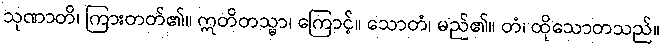
သုဏာတိ၊ ကြားတတ်၏။ ဣတိတသ္မာ၊ ကြောင့်။ သောတံ၊ မည်၏။ တံ၊ ထိုသောတသည်။